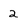
Character: 2